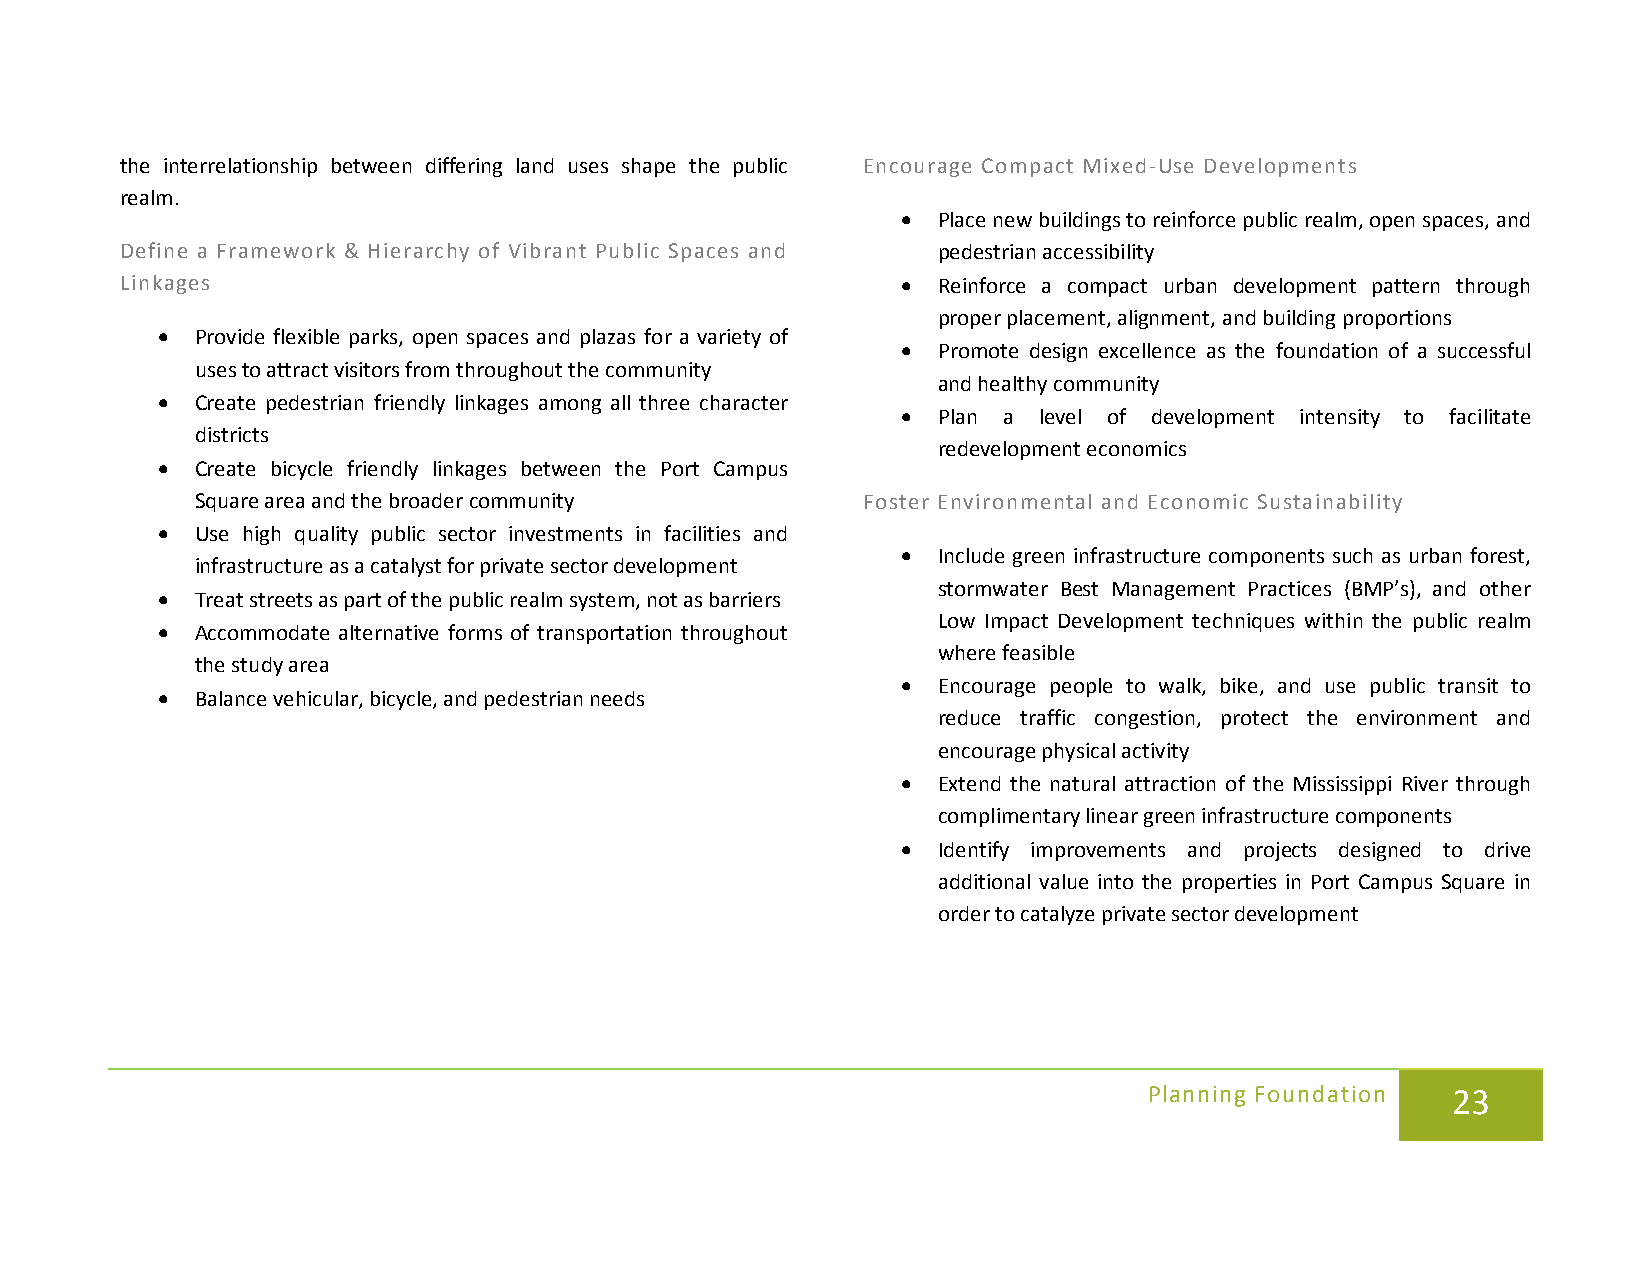
the interrelationship between differing land uses shape the public Encourage Compact Mixed-Use Developments
 realm.
 • Place new buildings to reinforce public realm, open spaces, and
 Define a Framework & Hierarchy of Vibrant Public Spaces and pedestrian accessibility
 Linkages                                            • Reinforce a compact urban development pattern through
 proper placement, alignment, and building proportions
 •  Provide flexible parks, open spaces and plazas for a variety of
 • Promote design excellence as the foundation of a successful
 uses to attract visitors from throughout the community
 and healthy community
 •  Create pedestrian friendly linkages among all three character
 • Plan a level of development intensity to facilitate
 districts
 redevelopment economics
 •  Create bicycle friendly linkages between the Port Campus
 Square area and the broader community       Foster Environmental and Economic Sustainability
 •  Use high quality public sector investments in facilities and
 • Include green infrastructure components such as urban forest,
 infrastructure as a catalyst for private sector development
 stormwater Best Management Practices (BMP’s), and other
 •  Treat streets as part of the public realm system, not as barriers
 Low Impact Development techniques within the public realm
 •  Accommodate alternative forms of transportation throughout
 where feasible
 the study area
 • Encourage people to walk, bike, and use public transit to
 •  Balance vehicular, bicycle, and pedestrian needs
 reduce traffic congestion, protect the environment and
 encourage physical activity
 • Extend the natural attraction of the Mississippi River through
 complimentary linear green infrastructure components
 • Identify improvements and projects designed to drive
 additional value into the properties in Port Campus Square in
 order to catalyze private sector development
 Planning Foundation 23